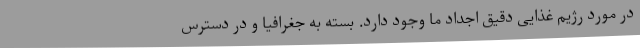
در مورد رژیم غذایی دقیق اجداد ما وجود دارد. بسته به جغرافیا و در دسترس